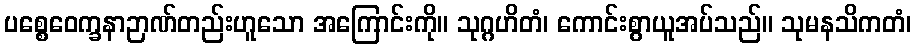
ပစ္စေဝေက္ခနာဉာဏ်တည်းဟူသော အကြောင်းကို။ သုဂ္ဂဟိတံ၊ ကောင်းစွာယူအပ်သည်။ သုမနသိကတံ၊